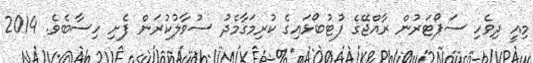
މިއީ ދިވެހި ސަޕޯޓަރުން ރާއްޖޭގެ ފުޓުބޯޅައިގެ ކުރިމަގާމެދު ސުވާލުކުރަން ފެށި ހިސާބެވެ. 2014